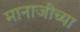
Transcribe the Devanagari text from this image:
मानाजीच्या